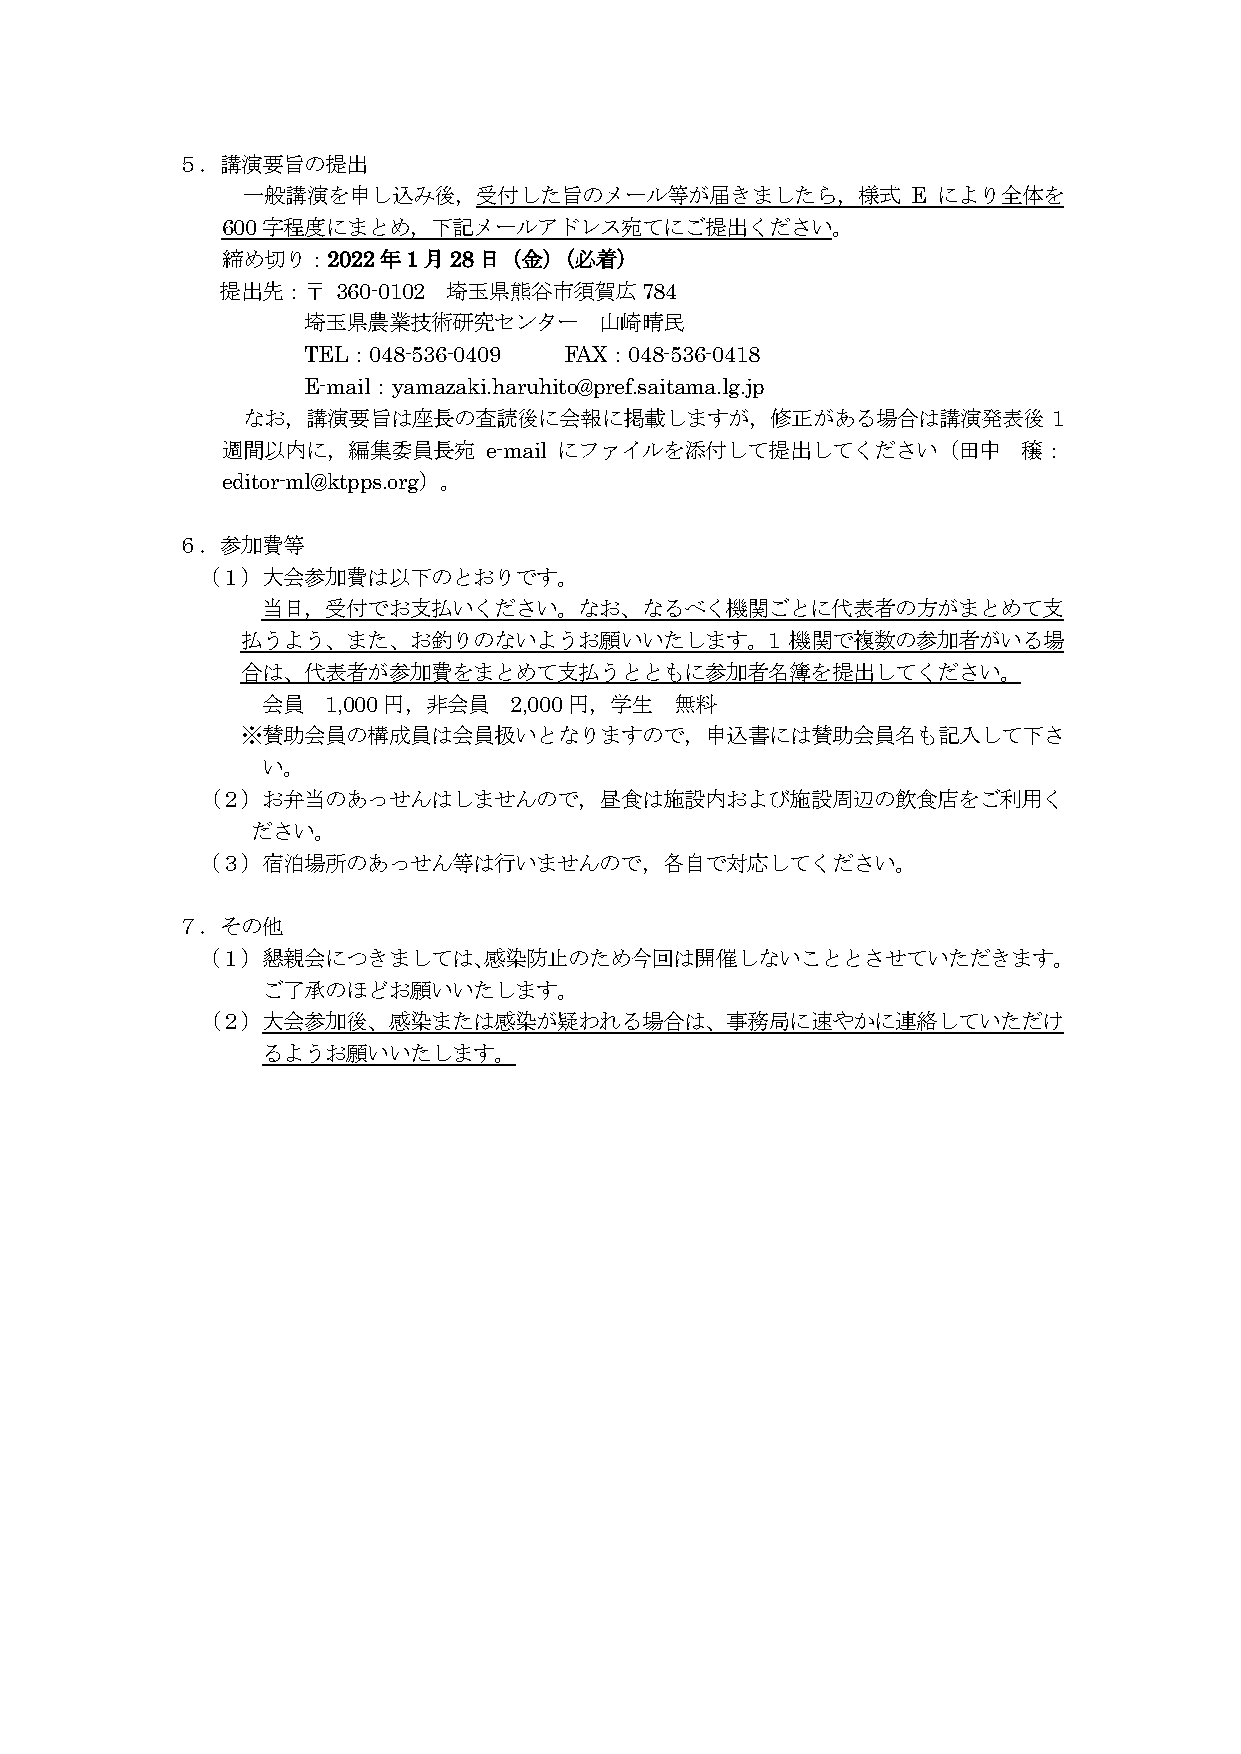
５．講演要旨の提出
 一般講演を申し込み後，受付した旨のメール等が届きましたら，様式             E により全体を
 600字程度にまとめ，下記メールアドレス宛てにご提出ください。
 締め切り：2022年1月28日（金）（必着）
 提出先：〒  360-0102 埼玉県熊谷市須賀広784
 埼玉県農業技術研究センター       山崎晴民
 TEL：048-536-0409 FAX：048-536-0418
 E-mail：yamazaki.haruhito@pref.saitama.lg.jp
 なお，講演要旨は座長の査読後に会報に掲載しますが，修正がある場合は講演発表後                1
 週間以内に，編集委員長宛     e-mail にファイルを添付して提出してください（田中        穣：
 editor-ml@ktpps.org）。
 ６．参加費等
 （１）大会参加費は以下のとおりです。
 当日，受付でお支払いください。なお、なるべく機関ごとに代表者の方がまとめて支
 払うよう、また、お釣りのないようお願いいたします。1          機関で複数の参加者がいる場
 合は、代表者が参加費をまとめて支払うとともに参加者名簿を提出してください。
 会員   1,000円，非会員  2,000円，学生  無料
 ※賛助会員の構成員は会員扱いとなりますので，申込書には賛助会員名も記入して下さ
 い。
 （２）お弁当のあっせんはしませんので，昼食は施設内および施設周辺の飲食店をご利用く
 ださい。
 （３）宿泊場所のあっせん等は行いませんので，各自で対応してください。
 ７．その他
 （１） 懇親会につきましては、感染防止のため今回は開催しないこととさせていただきます。
 ご了承のほどお願いいたします。
 （２）大会参加後、感染または感染が疑われる場合は、事務局に速やかに連絡していただけ
 るようお願いいたします。